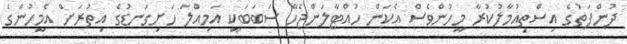
ދުންފަތުގެ އިސްތިއުމާލުކުރާ މީހުންވެސް އެކަން ހުއްޓާލަންޖެހޭ ސަބަބަކީ އަމިިއްލަ ހަށިގަނޑުގެ އިތުރަށް އެމީހުންގެ